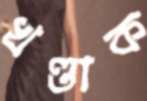
খণ্ডাক